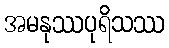
အမနုဿပုရိသဿ